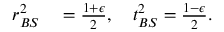
\begin{array} { r l } { r _ { B S } ^ { 2 } } & { { } = \frac { 1 + \epsilon } { 2 } , \quad t _ { B S } ^ { 2 } = \frac { 1 - \epsilon } { 2 } . } \end{array}